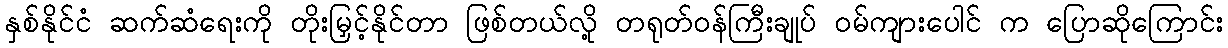
နှစ်နိုင်ငံ ဆက်ဆံရေးကို တိုးမြှင့်နိုင်တာ ဖြစ်တယ်လို့ တရုတ်ဝန်ကြီးချုပ် ဝမ်ကျားပေါင် က ပြောဆိုကြောင်း